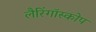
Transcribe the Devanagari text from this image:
लैरिंगॉस्कोप